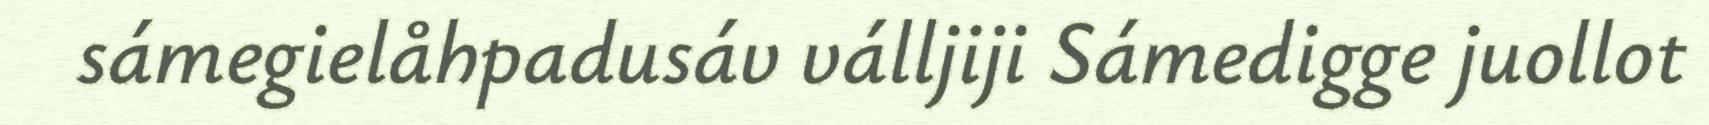
sámegielåhpadusáv válljiji Sámedigge juollot